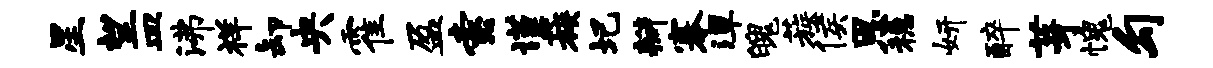
星望皿沸祥卸央霍盈索谨蔟圯瓣搴潭魄蔟侯恩稳妍醉芽愧勾